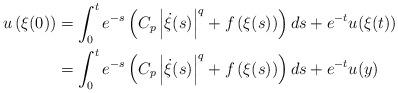
LaTeX: \begin{align*}\begin{aligned} u\left(\xi(0)\right) &= \int_0^{t} e^{-s} \left(C_p\left|\dot{\xi}(s)\right|^q + f\left(\xi(s)\right) \right) ds + e^{-t} u(\xi(t))\\ &=\int_0^{t} e^{-s} \left(C_p\left|\dot{\xi}(s)\right|^q + f\left(\xi(s)\right) \right) ds +e^{-t} u(y)\end{aligned}\end{align*}